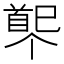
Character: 𩠟